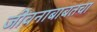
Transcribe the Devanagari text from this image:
जीवनाबाबतचा